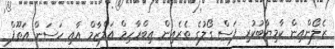
ޒެލޯންއިން ކާމިޔާބުކުރި ފަސް ގޯލުގެ ތެރެއިން އިބްރާހިމް އަލްޒާމް އާއި ހަސަން އަތޫފް